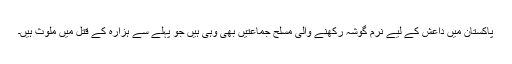
پاکستان میں داعش کے لیے نرم گوشہ رکھنے والی مسلح جماعتیں بھی وہی ہیں جو پہلے سے ہزارہ کے قتل میں ملوث ہیں۔